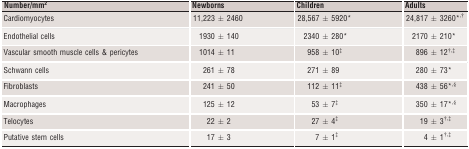
| Number/mm2 | Newborns | Children | Adults |
 | --- | --- | --- | --- |
 | Cardiomyocytes | 11,223 ± 2460 | 28,567 ± 5920* | 24,817 ± 3260*,† |
 | Endothelial cells | 1930 ± 140 | 2340 ± 280* | 2170 ± 210* |
 | Vascular smooth muscle cells & pericytes | 1014 ± 11 | 958 ± 10‡ | 896 ± 12†,‡ |
 | Schwann cells | 261 ± 78 | 271 ± 89 | 280 ± 73* |
 | Fibroblasts | 241 ± 50 | 112 ± 11‡ | 438 ± 56*,§ |
 | Macrophages | 125 ± 12 | 53 ± 7‡ | 350 ± 17*,§ |
 | Telocytes | 22 ± 2 | 27 ± 4‡ | 19 ± 3†,‡ |
 | Putative stem cells | 17 ± 3 | 7 ± 1‡ | 4 ± 1†,‡ |